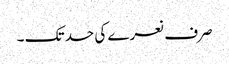
صرف نعرے کی حد تک ۔